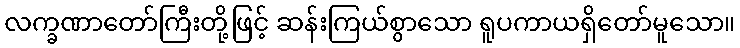
လက္ခဏာတော်ကြီးတို့ဖြင့် ဆန်းကြယ်စွာသော ရူပကာယရှိတော်မူသော။